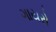
ગાયરો